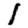
Digit: 1